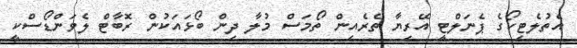
އެތުލެޓިކޯގެ ޕެނަލްޓީ އޭރިޔާ ތެރެއިން ތޯމަސް މުލާ ދިން ބޯޅައަކުން ރޮބާޓް ލެވަންޑޯސްކީ